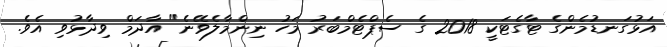
އަޅުގަނޑުމެންގެ ޓާގެޓަކީ 2018 ގެ ސެޕްޓެމްބަރު މަހު ނިންމާލެވޭނެ" އާދަމް ވިދާޅުވި އެވެ.